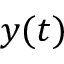
y ( t )